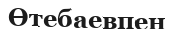
Өтебаевпен